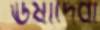
ঊষাদেবী